kultuurilooline_kollektsioon, lk 80
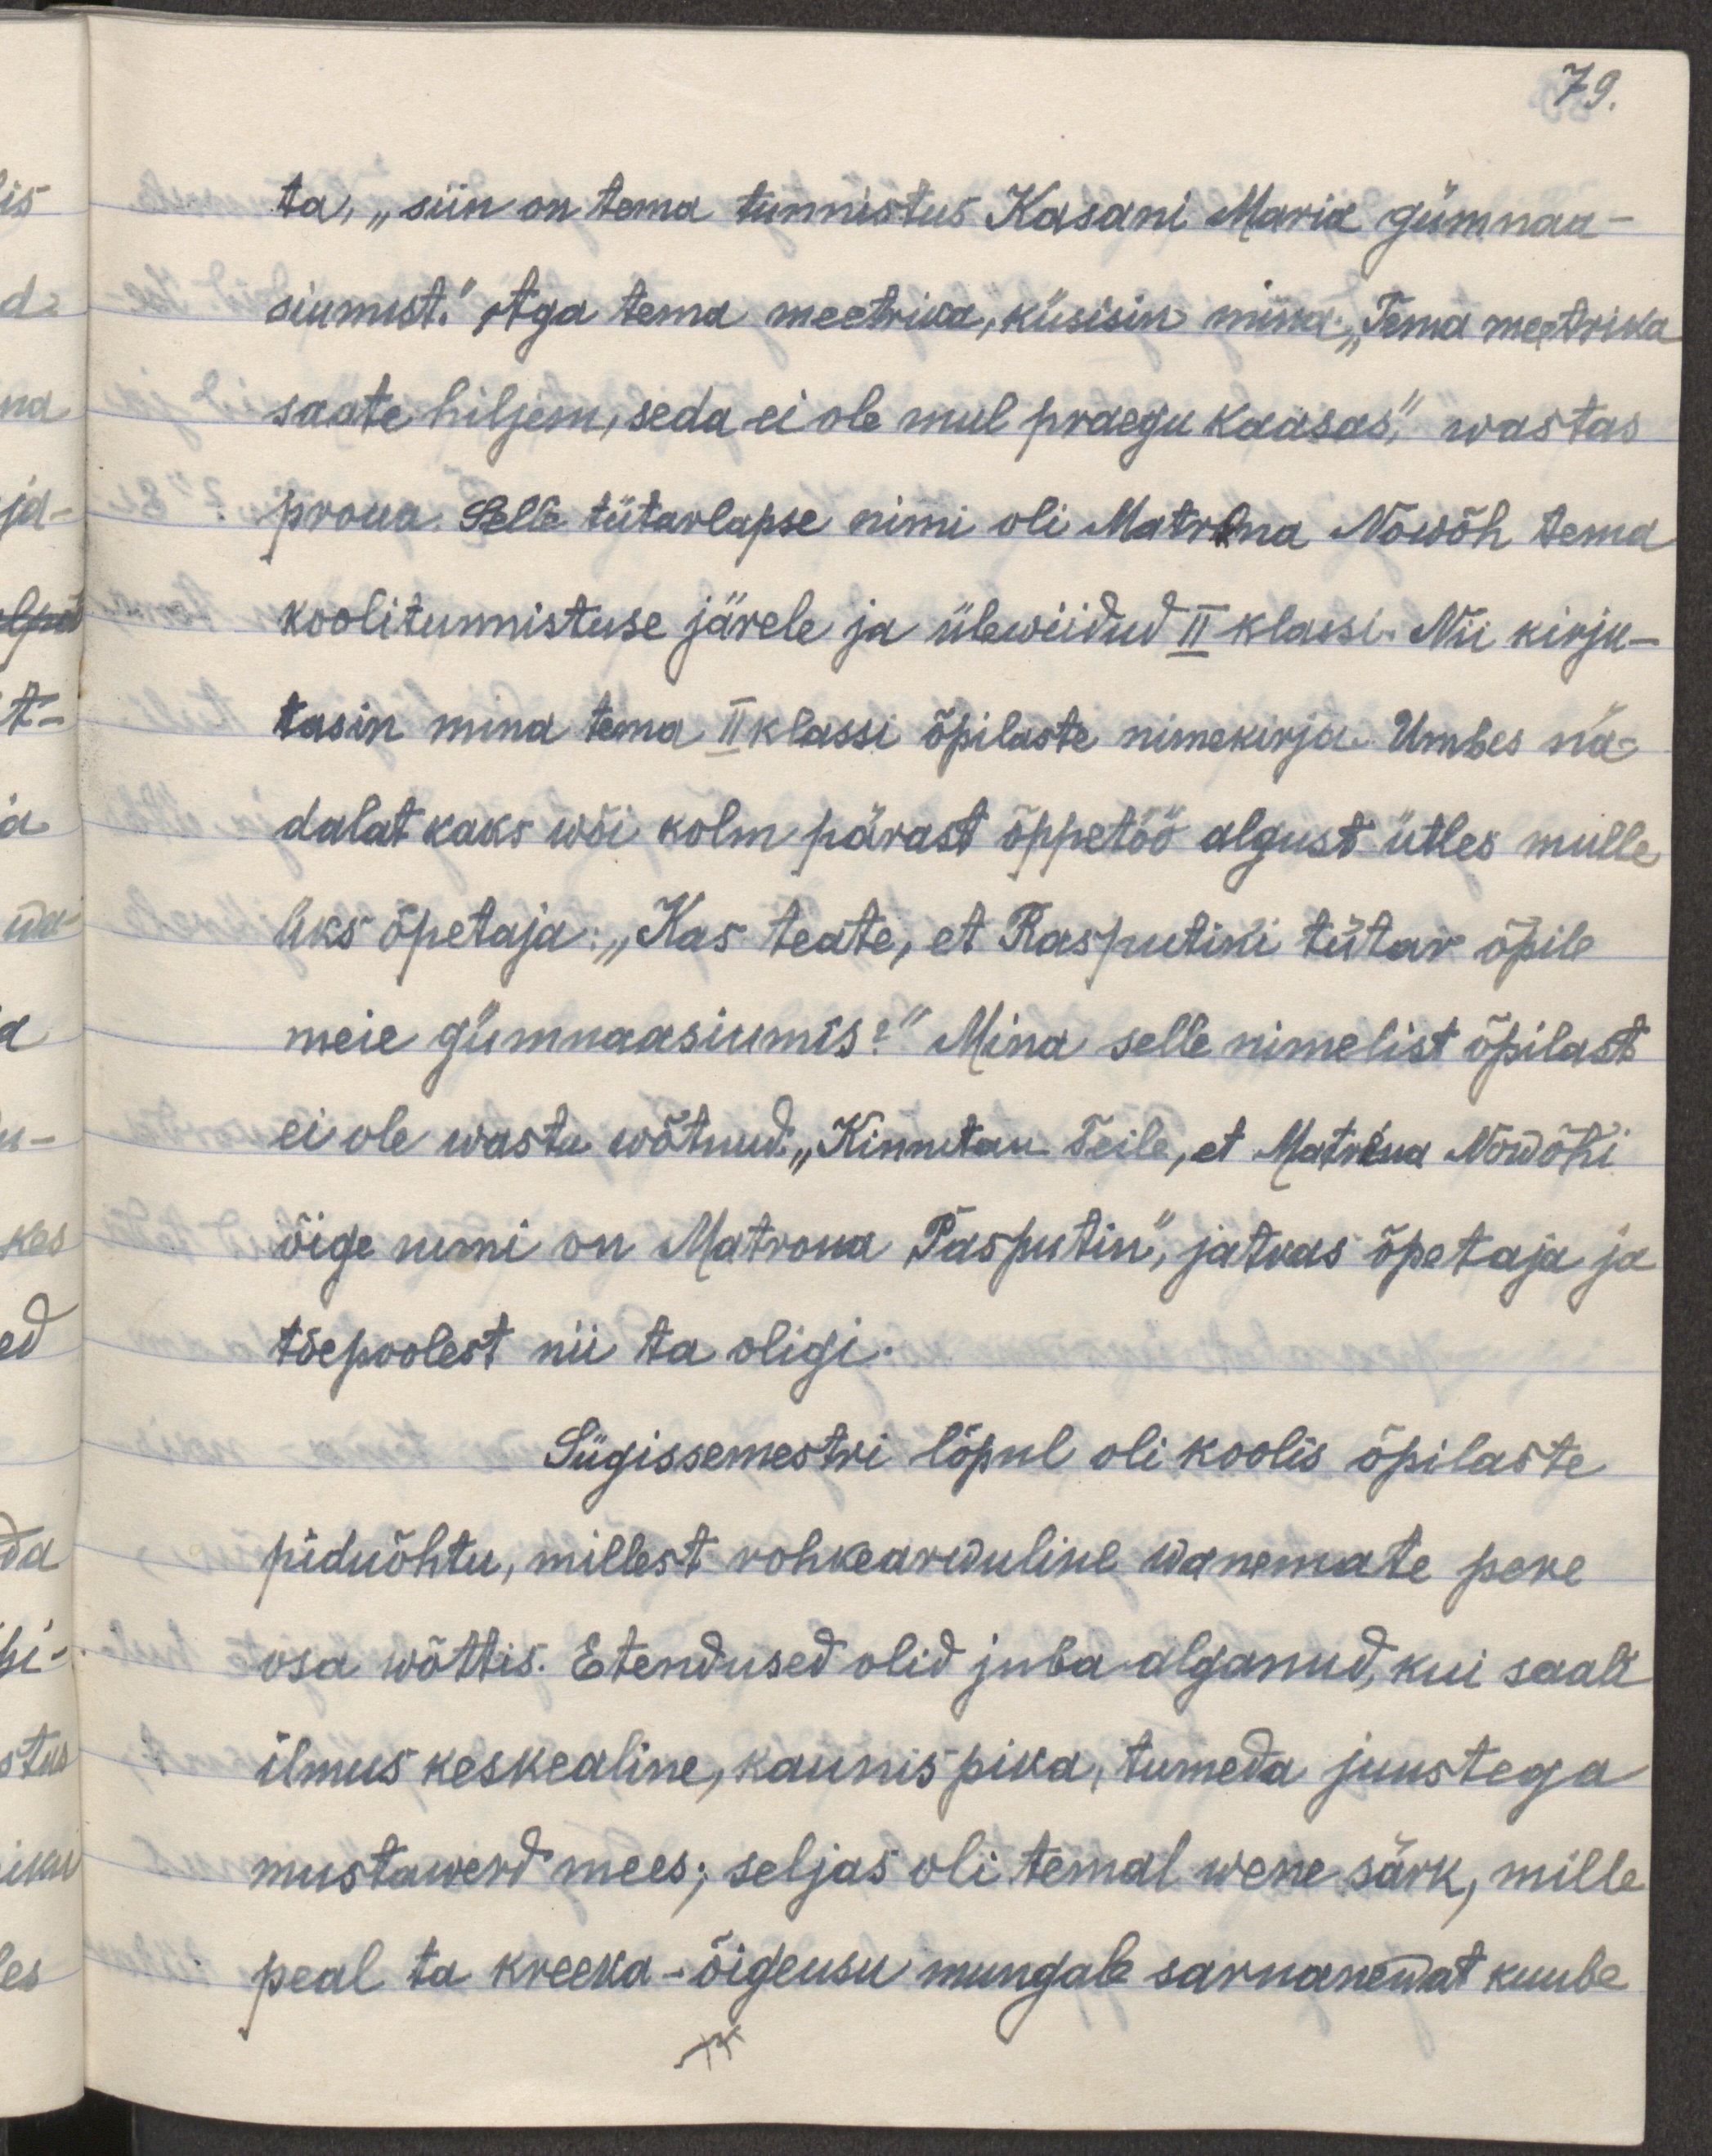
79.
ta, "siin on tema tunnistus Kasani Maria gümnaa-
siumist". Aga tema meetrika, küsisin mina "Tema meetrika
saate hiljem, seda ei ole mul praegu kaasas", wastas
proua. Selle tütarlapse nimi oli Matrona Nowõh tema
koolitunnistuse järele ja ülewiidud II klassi. Nii kirju-
tasin mina tema II klassi õpilaste nimekirja. Umbes nä-
dalat kaks wõi kolm pärast õppetöö algust ütles mulle
üks õpetaja: "Kas teate, et Rasputini tütar õpib
meie gümnaasiumis?". Mina selle nimelist õpilast
ei ole wastu wõtnud. "Kinnitan Teile, et Matrona Nowõhi
õige nimi on Matrona Rasputin", jatkas õpetaja ja
tõepoolest nii ta oligi.
Sügissemestri lõpul oli koolis õpilaste
piduõhtu, millest rohkearwuline wanemate pere
osa wõttis. Etendused olid juba alganud, kui saali
ilmus keskealine, kaunis pika, tumeda juustega
mustawerd mees; seljas oli temal wene särk, mille
peal ta kreeka-õigeusu mungale sarnanewat kuube